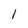
Character: 1